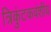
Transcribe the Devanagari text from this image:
त्रिकुंटकवंशीय